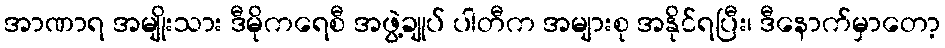
အာဏာရ အမျိုးသား ဒီမိုကရေစီ အဖွဲ့ချုပ် ပါတီက အများစု အနိုင်ရပြီး၊ ဒီနောက်မှာတော့